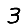
Digit: 3